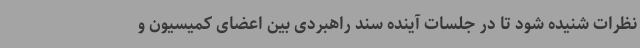
نظرات شنیده شود تا در جلسات آینده سند راهبردی بین اعضای کمیسیون و